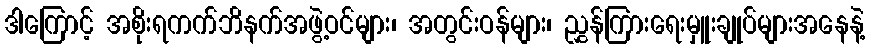
ဒါကြောင့် အစိုးရကက်ဘိနက်အဖွဲ့ဝင်များ၊ အတွင်းဝန်များ၊ ညွှန်ကြားရေးမှူးချုပ်များအနေနဲ့